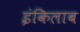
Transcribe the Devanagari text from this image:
इंकिलाब